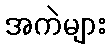
အကဲများ